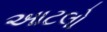
આટલો